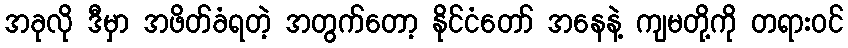
အခုလို ဒီမှာ အဖိတ်ခံရတဲ့ အတွက်တော့ နိုင်ငံတော် အနေနဲ့ ကျမတို့ကို တရားဝင်